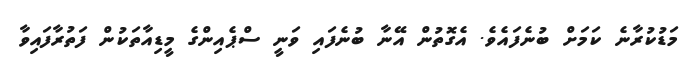
މަޑުކުރާނެ ކަމަށް ބުނެފައެވެ. އެގޮތުން އޭނާ ބުނެފައި ވަނީ ސްޕެއިންގެ މީޑިއާތަކުން ފަތުރާފައިވާ